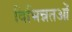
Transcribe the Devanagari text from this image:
विभिन्नतओं